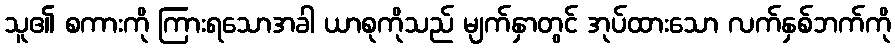
သူ၏ စကားကို ကြားရသောအခါ ယာစုကိုသည် မျက်နှာတွင် အုပ်ထားသော လက်နှစ်ဘက်ကို